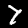
Digit: 7